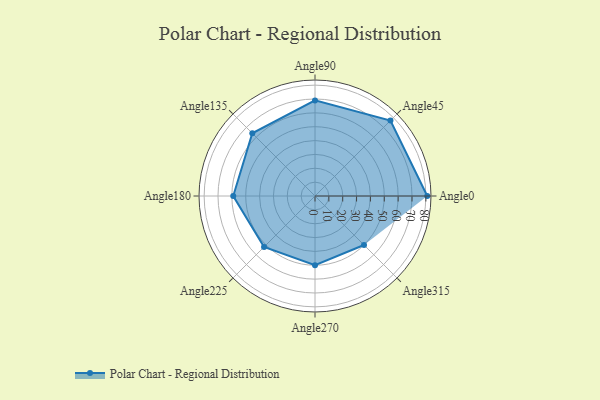
{"axis": {"x": "Angle", "y": "Radius"}, "legend": [""], "data": [{"x": "Angle0", "y": 81.0, "type": ""}, {"x": "Angle45", "y": 77.0, "type": ""}, {"x": "Angle90", "y": 69.0, "type": ""}, {"x": "Angle135", "y": 64.0, "type": ""}, {"x": "Angle180", "y": 59.0, "type": ""}, {"x": "Angle225", "y": 52.0, "type": ""}, {"x": "Angle270", "y": 50, "type": ""}, {"x": "Angle315", "y": 50, "type": ""}]}